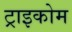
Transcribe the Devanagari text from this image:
ट्राइकोम